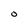
Character: O